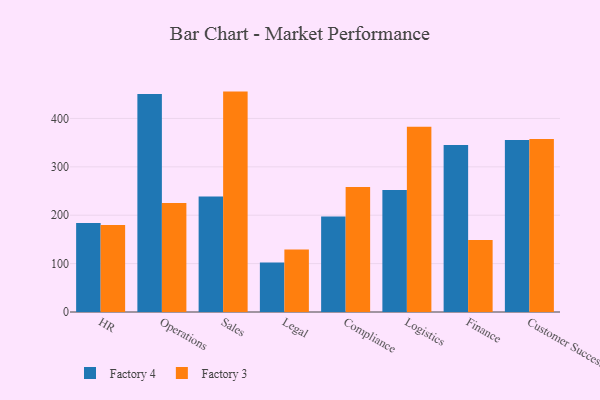
{"axis": {"x": "Department", "y": "Revenue (USD Million)"}, "legend": ["Factory 3", "Factory 4"], "data": [{"x": "HR", "y": 183.9, "type": "Factory 4"}, {"x": "HR", "y": 180.0, "type": "Factory 3"}, {"x": "Operations", "y": 450.4, "type": "Factory 4"}, {"x": "Operations", "y": 225.3, "type": "Factory 3"}, {"x": "Sales", "y": 238.8, "type": "Factory 4"}, {"x": "Sales", "y": 455.5, "type": "Factory 3"}, {"x": "Legal", "y": 102.4, "type": "Factory 4"}, {"x": "Legal", "y": 129.2, "type": "Factory 3"}, {"x": "Compliance", "y": 197.6, "type": "Factory 4"}, {"x": "Compliance", "y": 258.3, "type": "Factory 3"}, {"x": "Logistics", "y": 252.0, "type": "Factory 4"}, {"x": "Logistics", "y": 382.6, "type": "Factory 3"}, {"x": "Finance", "y": 345.3, "type": "Factory 4"}, {"x": "Finance", "y": 148.7, "type": "Factory 3"}, {"x": "Customer Success", "y": 355.3, "type": "Factory 4"}, {"x": "Customer Success", "y": 357.7, "type": "Factory 3"}]}